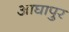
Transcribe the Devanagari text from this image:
आघापुर